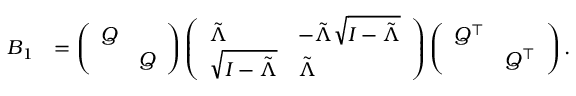
\begin{array} { r l } { B _ { 1 } } & { = \left( \begin{array} { l l } { Q } & \\ & { Q } \end{array} \right) \left( \begin{array} { l l } { \tilde { \Lambda } } & { - \tilde { \Lambda } \sqrt { I - \tilde { \Lambda } } } \\ { \sqrt { I - \tilde { \Lambda } } } & { \tilde { \Lambda } } \end{array} \right) \left( \begin{array} { l l } { Q ^ { \intercal } } & \\ & { Q ^ { \intercal } } \end{array} \right) . } \end{array}